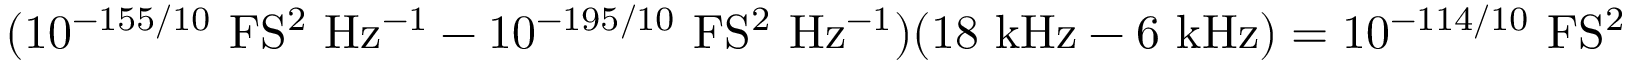
( 1 0 ^ { - 1 5 5 / 1 0 } ~ \mathrm { F S ^ { 2 } ~ H z ^ { - 1 } } - 1 0 ^ { - 1 9 5 / 1 0 } ~ \mathrm { F S ^ { 2 } ~ H z ^ { - 1 } } ) ( 1 8 ~ \mathrm { k H z } - 6 ~ \mathrm { k H z } ) = 1 0 ^ { - 1 1 4 / 1 0 } ~ \mathrm { F S ^ { 2 } }